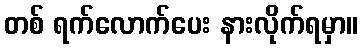
တစ် ရက်လောက်ပေး နားလိုက်ရမှာ။